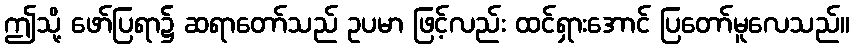
ဤသို့ ဖော်ပြရာ၌ ဆရာတော်သည် ဥပမာ ဖြင့်လည်း ထင်ရှားအောင် ပြတော်မူလေသည်။